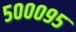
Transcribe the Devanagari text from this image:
५०००९५